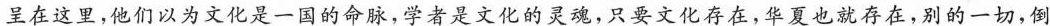
呈在这里,他们以为文化是一国的命脉,学者是文化的灵魂，只要文化存在,华夏也就存在,别的一切,倒